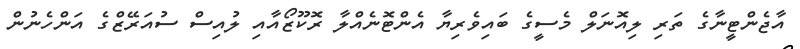
އާޖެންޓީނާގެ ތަރި ލިއޮނަލް މެސީގެ ބައިވެރިޔާ އެންޓޮނެއްލާ ރޮކޫޒޯއާއި ލުއިސް ސުއަރޭޒްގެ އަންހެނުން